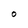
Character: o